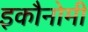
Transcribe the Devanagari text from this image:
इकौनोमी